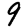
Digit: 9